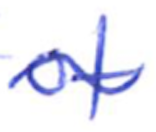
Text: of
Cross-out: mix
Writing tool: ballpoint